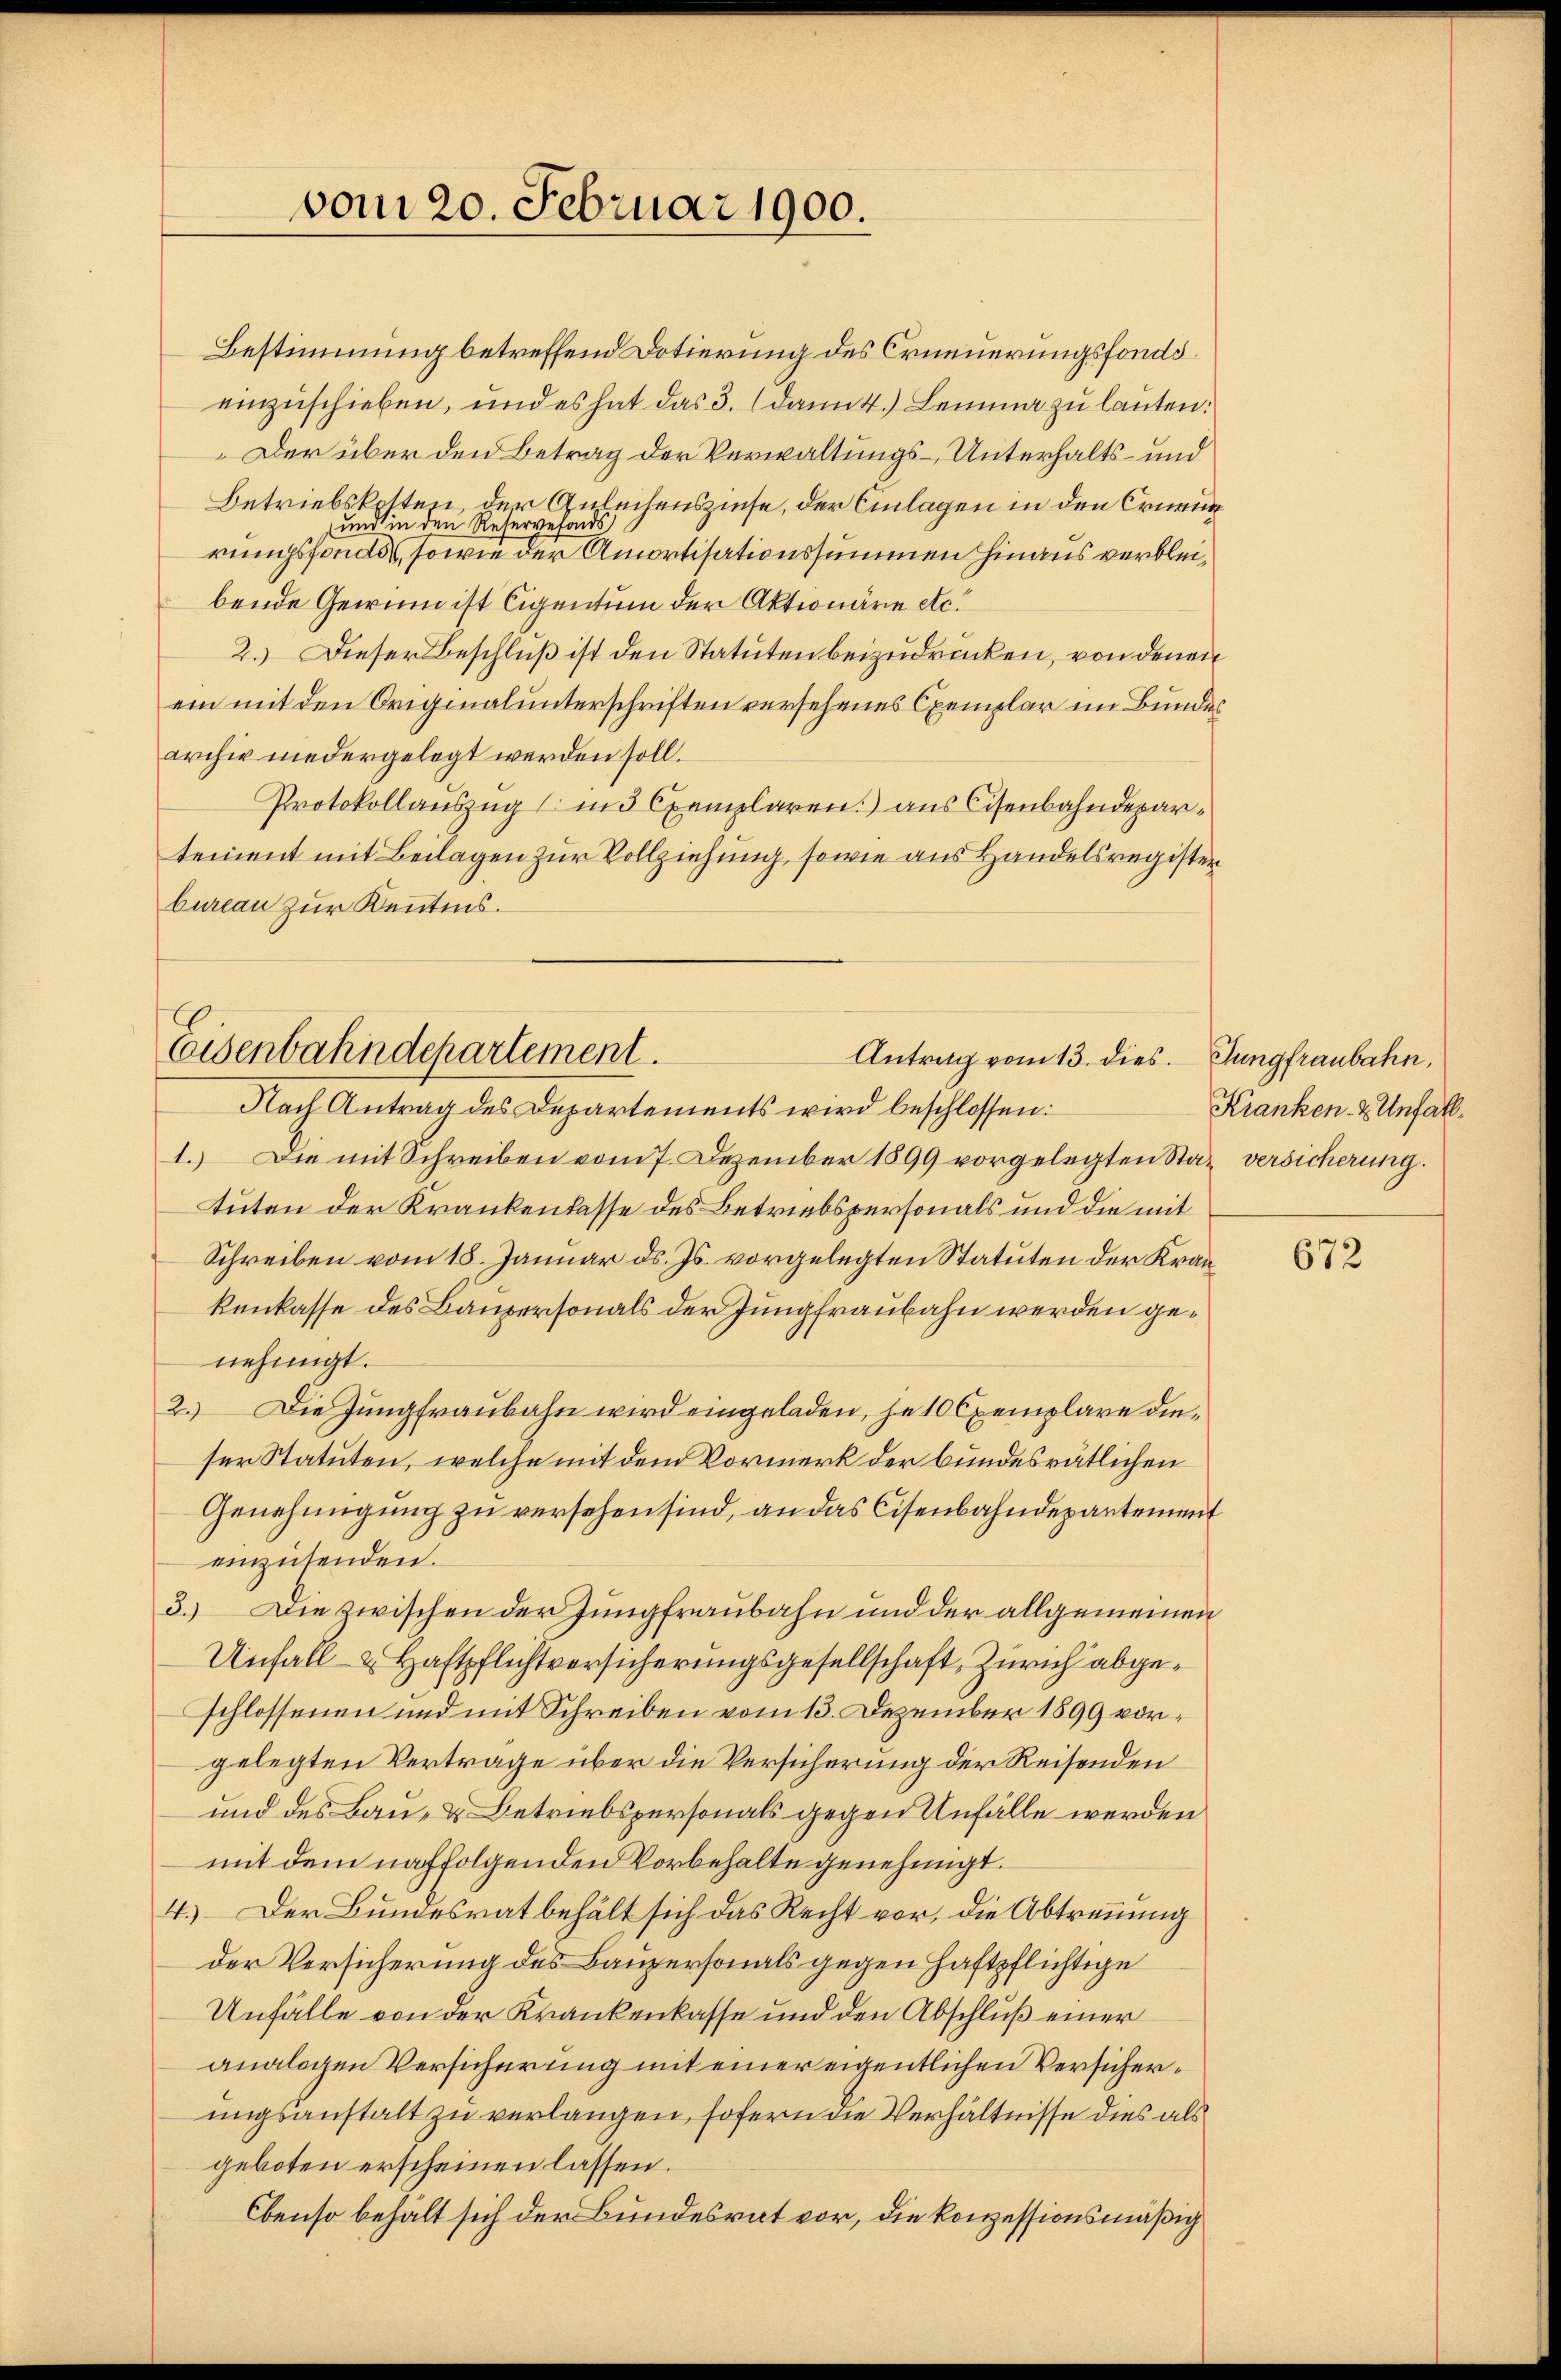
vom 20. Februar 1900.

Bestimmung betreffend Dotierung des Erneuerungsfondseinzuschieben, und es hat das 3. (damit.) Lemma zu lauten:
Der über den Betrag der Verwaltungs-Unterhalts- und
Betriebskosten, der Anleihenszinse, der Einlagen in den Ernann
und in den Reservefonds
rungsfonds, sowie der Amortisationssummen hinaus verbleibende Gewinn ist Eigentum der Aktionäre etc.
2.) Dieser Beschluß ist den Statuten beizudrücken, von denen
ein mit den Originalunterschriften versehenes Exemplar im Bundes
archiv niedergelegt werden soll.
Protokollauszug (in 3 Exemplaren.) aus Cisenbahndepartement mit Beilagen zur Vollziehung, sowie aus Handelsregister
bureau zur Kenntnis.

Eisenbahndepartement.
Antrag vom 13. dies. Jungfraubahn,

Nach Antrag des Departements wird beschlossen:
1.) Die mit Schreiben vom 7. Dezember 1899 vorgelegten Stat versicherung.
tuten der Krankenlasse des Betriebspersonals und die mit
Schreiben vom 15. Januar ds. Js. vorgelegten Statuten der Krankenkasse des Baupersonals der Jungfraubahn werden genehmigt.
2.) Die Jungfraubahn wird eingeladen, je 10 Exemplare dieser Statuten, welche mit dem Vormerk der bundesrätlichen
Genehmigung zu versehen sind, an das Cisenbahndepartement
einzusenden.
3.) Die zwischen der Jungfraubahn und der allgemeinen
Unfall- & Haftpflichtversicherungsgesellschaft, Zürich abgeschlossenen und mit Schreiben vom 13. Dezember 1899 vorgelegten Vertrage über die Versicherung der Reisenden
und des Bau- & Betriebspersonals gegen Unfälle werden
mit dem nachfolgenden Vorbehalte genehmigt.
4.) Der Bundesrat behält sich das Recht vor, die Abtrennung
der Versicherung des Baupersonals gegen Haftpflichtige
Unfälle von der Krankenkasse und den Abschluß einer
analogen Versicherung mit einer eigentlichen Versicherungsanstalt zu verlangen, sofern die Verhältnisse dies als
geboten erscheinen lassen.
Ebenso behält sich der Bundesrat vor, die konzessionsmäßig

Kranken- & Unfall.

672